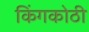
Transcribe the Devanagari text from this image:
किंगकोठी